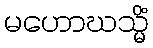
မဟောဃသ္မိံ